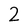
Character: 2